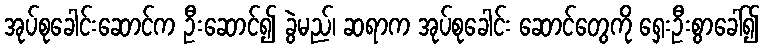
အုပ်စုခေါင်းဆောင်က ဦးဆောင်၍ ခွဲမည်၊ ဆရာက အုပ်စုခေါင်း ဆောင်တွေကို ရှေးဦးစွာခေါ်၍